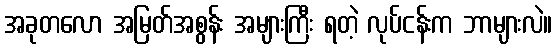
အခုတလော အမြတ်အစွန်း အများကြီး ရတဲ့ လုပ်ငန်းက ဘာများလဲ။